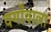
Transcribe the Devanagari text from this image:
वर्गोंवाला